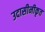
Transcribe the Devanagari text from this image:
उदासीनीकृत